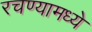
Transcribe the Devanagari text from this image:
रचण्यामध्ये